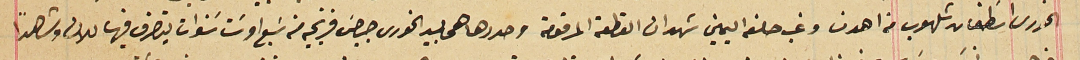
الخورى سطفان شلهوب من اهدن وغب حلفه اليمين شهد ان القطعة المرقومة وحددها هى بيد الخورى جرجسَ فرنجيه من سَبع او سَت سنوات يتصرف فيها للان وشاهداً